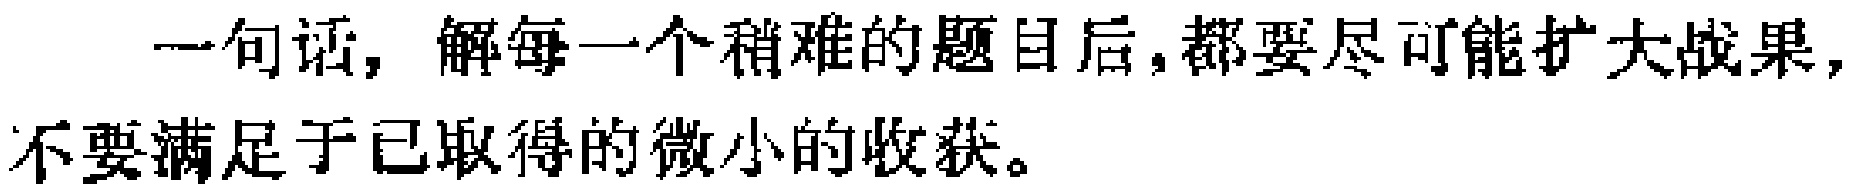
一句话，解每一个稍难的题目后，都要尽可能扩大战果，不要满足于已取得的微小的收获。